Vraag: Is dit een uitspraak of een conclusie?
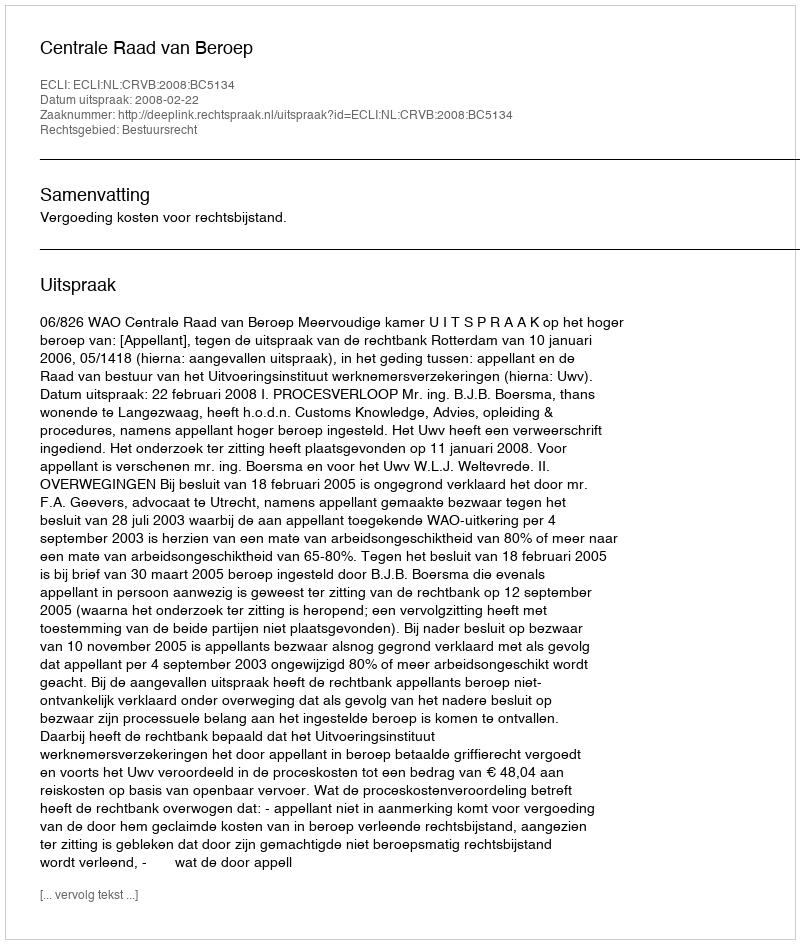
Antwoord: Uitspraak